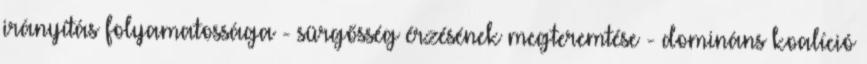
irányítás folyamatossága - sürgősség érzésének megteremtése - domináns koalíció